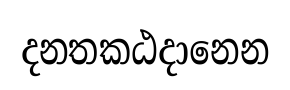
දනතකඨදානෙන